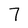
Character: 7